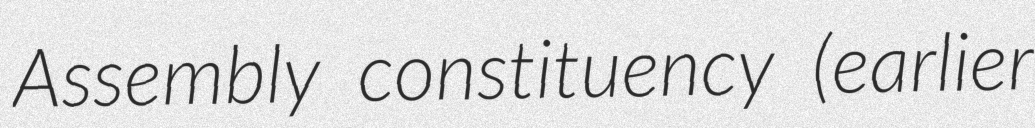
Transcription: Assembly constituency (earlier